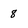
Character: 8